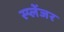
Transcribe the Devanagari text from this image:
स्प्लेंजर